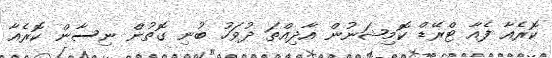
ކޮރެއާ ފެއާ ޓްރޭޑް ކޮމިޝަނުން އާދިއްތަ ދުވަހު ބުނި ގޮތުން ނިސާން ކޮރެއާ